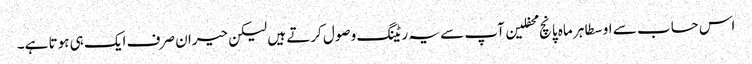
اس حساب سے اوسطا ہر ماہ پانچ محفلین آپ سے یہ ریٹنگ وصول کرتے ہیں لیکن حیران صرف ایک ہی ہوتا ہے۔